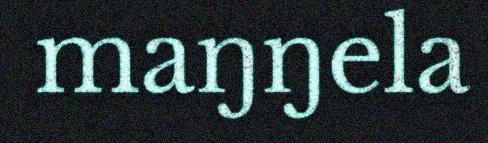
maŋŋela